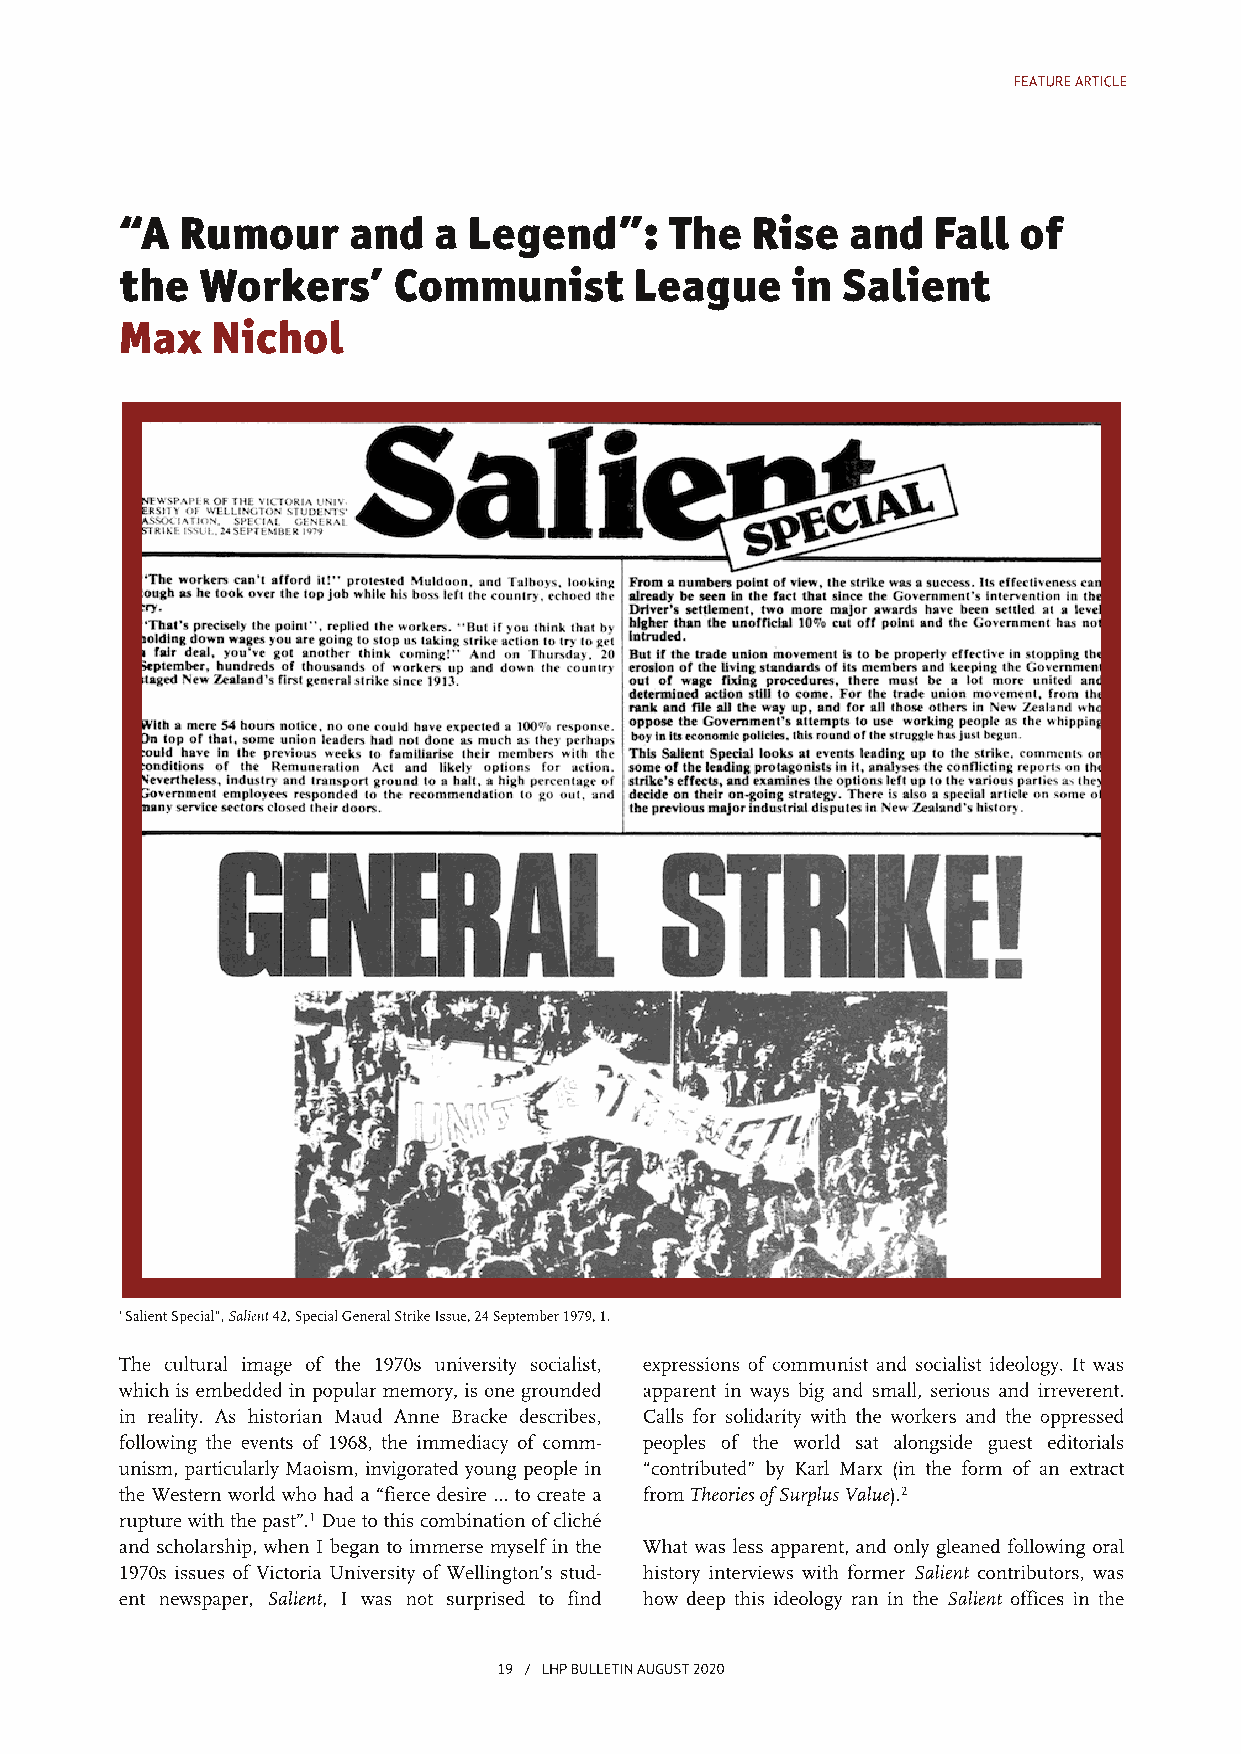
FEATUREARTICLE
 “A  Rumour     and   a Legend”:     The   Rise  and   Fall of
 the  Workers’     Communist       League    in  Salient
 Max   Nichol
 "SalientSpecial",Salient42,SpecialGeneralStrikeIssue,24September1979,1.
 The cultural image of the 1970s university socialist, expressions ofcommunist and socialist ideology. It was
 which is embedded in popularmemory, is one grounded apparent in ways big and small, serious and irreverent.
 in reality. As historian Maud Anne Bracke describes, Calls for solidarity with the workers and the oppressed
 following the events of 1968, the immediacy of comm- peoples of the world sat alongside guest editorials
 unism, particularly Maoism, invigorated young people in “contributed” by Karl Marx (in the form of an extract
 the Western world who had a “fierce desire … to create a fromTheoriesofSurplusValue).2
 rupturewiththepast”.1 Dueto this combinationofcliché
 and scholarship, when I began to immerse myselfin the What was less apparent, and only gleaned following oral
 1970s issues ofVictoria University ofWellington’s stud- history interviews with former Salient contributors, was
 ent newspaper, Salient, I was not surprised to find how deep this ideology ran in the Salient offices in the
 19 / LHPBULLETINAUGUST2020